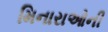
મિનારાઓની